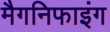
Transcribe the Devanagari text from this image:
मैगनिफाइंग